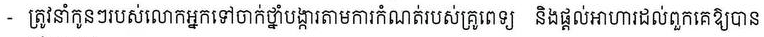
- ត្រូវនាំកូនៗរបស់លោកអ្នកទៅចាក់ថ្នាំបង្ការតាមការកំណត់របស់គ្រូពេទ្យ និងផ្តល់អាហារដល់ពួកគេឱ្យបាន